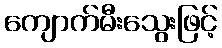
ကျောက်မီးသွေးဖြင့်